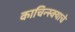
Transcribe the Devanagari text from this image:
काचिन्स्क्याचे